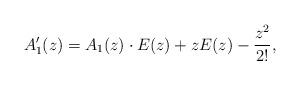
LaTeX: \begin{align*} A_1'(z)= A_1(z)\cdot E(z) + zE(z)-\frac{z^2}{2!},\end{align*}